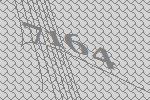
7164